Lunatic asylums Madras 1892-1911 - 1892-1911
Year: 1892
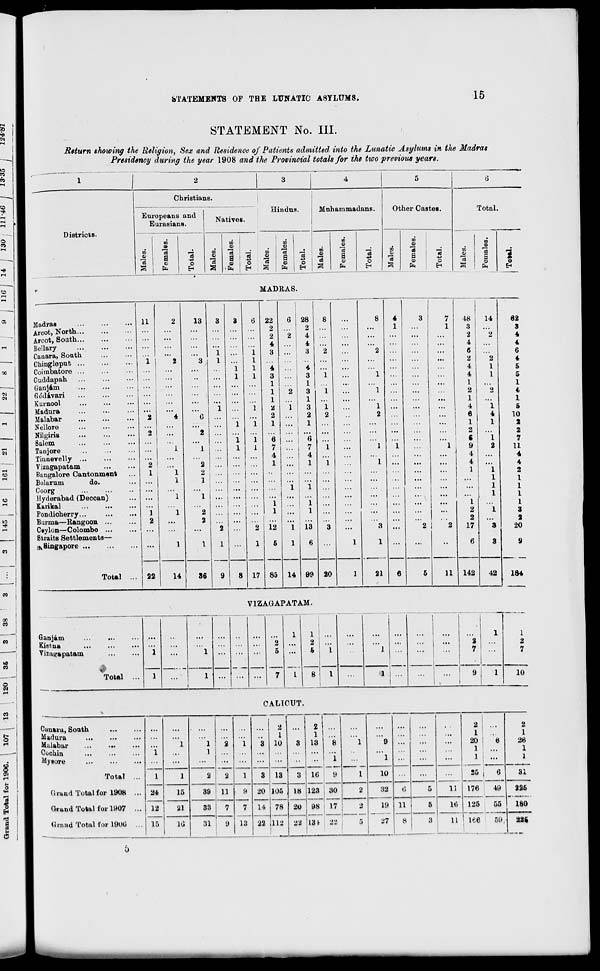
STATEMENTS OF THE LUNATIC ASYLUMS.
15
STATEMENT No. III.
Return showing the Religion, Sex and Residence of Patients admitted into the Lunatic Asylums in the Madras
Presidency during the year 1908 and the Provincial totals for the two previous years.
1
2
3
4
5
6
Christians.
Hindus.
Muhammadans.
Other Castes.
Total
Districts.
Europeans and
Eurasians.
Natives.
03
Females.
IS
O
so
3
Females.
"3
-»a
o
to
0)
S
13
O
03
B
to
"3
a o
IS -*>
o
H
05
S
13
Females.
1
"2
o
EH
00
o
15
Females.
1 o
MADRAS.
Madras
Arcot, North
Arcot, South
Bcllary
Canara, South
Chingleput
Coiinbatore ...
Cuddapah
Ganjam
Godavari
Kurnool
Madura
Malabar
Nellore
Nilgiris
Salem
Tanjore
Tinnevelly ...
Yizagapatam
Bangalore Cantonment
Bolarum
do.
Coorg
Hyderabad (Decoan)
Karikal
Pondioherry...
Burma—Rangoon ...
Ceylon—Colombo ...
Straits Settlements—
^Singapore
Total
11
22
14
13
G
2
1
2
2
1
1
2
36
17
6
7
4
1
1
1
12
5
85
22
6
2
2
2 i
4 ... |
3
•••
"i ...
3
1
1
2
1
2
i
2
1
... !
28
2
4
4
3
4
3
1
3
1
3
2
1
6
ij
4
1
1 13
14 99 20
1
1
1
2
1
1
3
1
21
11
48
3
2
4
6
2
4
4
1
2
1
4
6
1
2
S
9
4
4
1
1
2
2
17
142
14
42
62
3
4
4
6
4
5
5
1
4
1
5
10
2
2
7
11
4
4
2
1
1
1
1
3
2
20
184
VIZACAPATAM.
Qanjam
Kistna
Vizagapatam
Total ...
1
1
1
1
...
2
5
7
1
L
1
8
"i
i
...
" i
...
...
...
...
...
2
7
1
1
l
2
7
i
...
... ' 9
1
10
CALICUT.
Cttnara, South
Madura
Malabar
Cochin
Mysore
1
1
24
12
15
1
1
1
"a
2
11
7
•
1
1
3
3
2
1
10
13
105
78
112
3
3
18
20
22
2
1
13
1G
123
98
131
8
i
1
1
9
' 1
G
...
...
2
1
20
1
1
25
176
125
iee
1
6
6
2
1
26
1
1
Total ...
1
2
10
...
1]
31
Crand Total for 1908 ...
15
39
8
7
13
20
14
22
30
17
88
2
32
19
87
5
49
225
Grand Total for 1907 ...
21
S3
2
11
8
5
1G
55
59,
180
Uruud Total for 1UUG ...
ifl
31
5
8
11
8i|
&